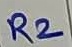
Text: R2